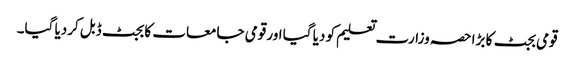
قومی بجٹ کا بڑا حصہ وزارت تعلیم کو دیا گیا اور قومی جامعات کا بجٹ ڈبل کردیا گیا۔